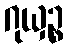
ဂုယှဉ္စ